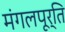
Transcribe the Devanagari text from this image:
मंगलपूर्ति